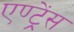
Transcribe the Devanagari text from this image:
एण्ट्रेंस